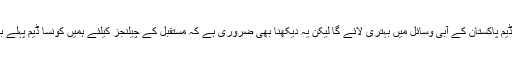
بلاشبہ کوئی بھی ڈیم پاکستان کے آبی وسائل میں بہتری لائے گا لیکن یہ دیکھنا بھی ضروری ہے کہ مستقبل کے چیلنجز کیلئے ہمیں کونسا ڈیم پہلے بنانا ضروری ہے۔